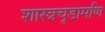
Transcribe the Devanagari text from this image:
शास्त्रचूडामणि